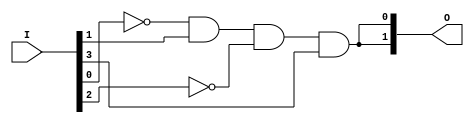
module CLB (
    input wire [N-1:0] I, // Input lines (I1, I2, ..., In)
    output wire [M-1:0] O // Output lines (O1, O2, ..., Om)
);

// Parameters
parameter N = 4; // Number of inputs
parameter M = 2; // Number of outputs
parameter K = 8; // Number of product terms

// Declare the product terms
wire [K-1:0] P; // Product terms from AND plane

// Fuse configuration for AND plane (1 = connected, 0 = disconnected)
reg [N*K-1:0] and_fuses; // Fuse configuration for AND gates

// Fuse configuration for OR plane (1 = connected, 0 = disconnected)
reg [K*M-1:0] or_fuses; // Fuse configuration for OR gates

// AND Plane
genvar i, j;
generate
    for (i = 0; i < K; i = i + 1) begin : AND_plane
        wire [N-1:0] inputs;
        assign inputs = {I[N-1], ~I[N-2], I[N-3], ~I[N-4]}; // Example input mapping with complements

        assign P[i] = (and_fuses[i*N +: N] == {N{1'b1}}) ? 
                      (inputs[0] & inputs[1] & inputs[2] & inputs[3]) : 1'b0; // Example AND logic
    end
endgenerate

// OR Plane
generate
    for (j = 0; j < M; j = j + 1) begin : OR_plane
        wire [K-1:0] product_terms;
        assign product_terms = P; // Connect product terms from AND plane

        assign O[j] = (or_fuses[j*K +: K] == {K{1'b1}}) ? 
                      (product_terms[0] | product_terms[1] | product_terms[2] | product_terms[3]) : 1'b0; // Example OR logic
    end
endgenerate

// Initial values for fuses (for simulation purposes)
initial begin
    // Example fuse configuration for AND plane
    and_fuses = 32'b11111111111111111111111111111111; // All fuses connected (for simulation)
    
    // Example fuse configuration for OR plane
    or_fuses = 16'b1111111111111111; // All fuses connected (for simulation)
end

endmodule